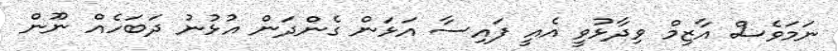
ނަމަވެސް އާޒިމް ވިދާޅުވީ އެއީ ފައިސާ އަޅަން ގެންދަން އުޅުނު ދަބަހެއް ނޫން